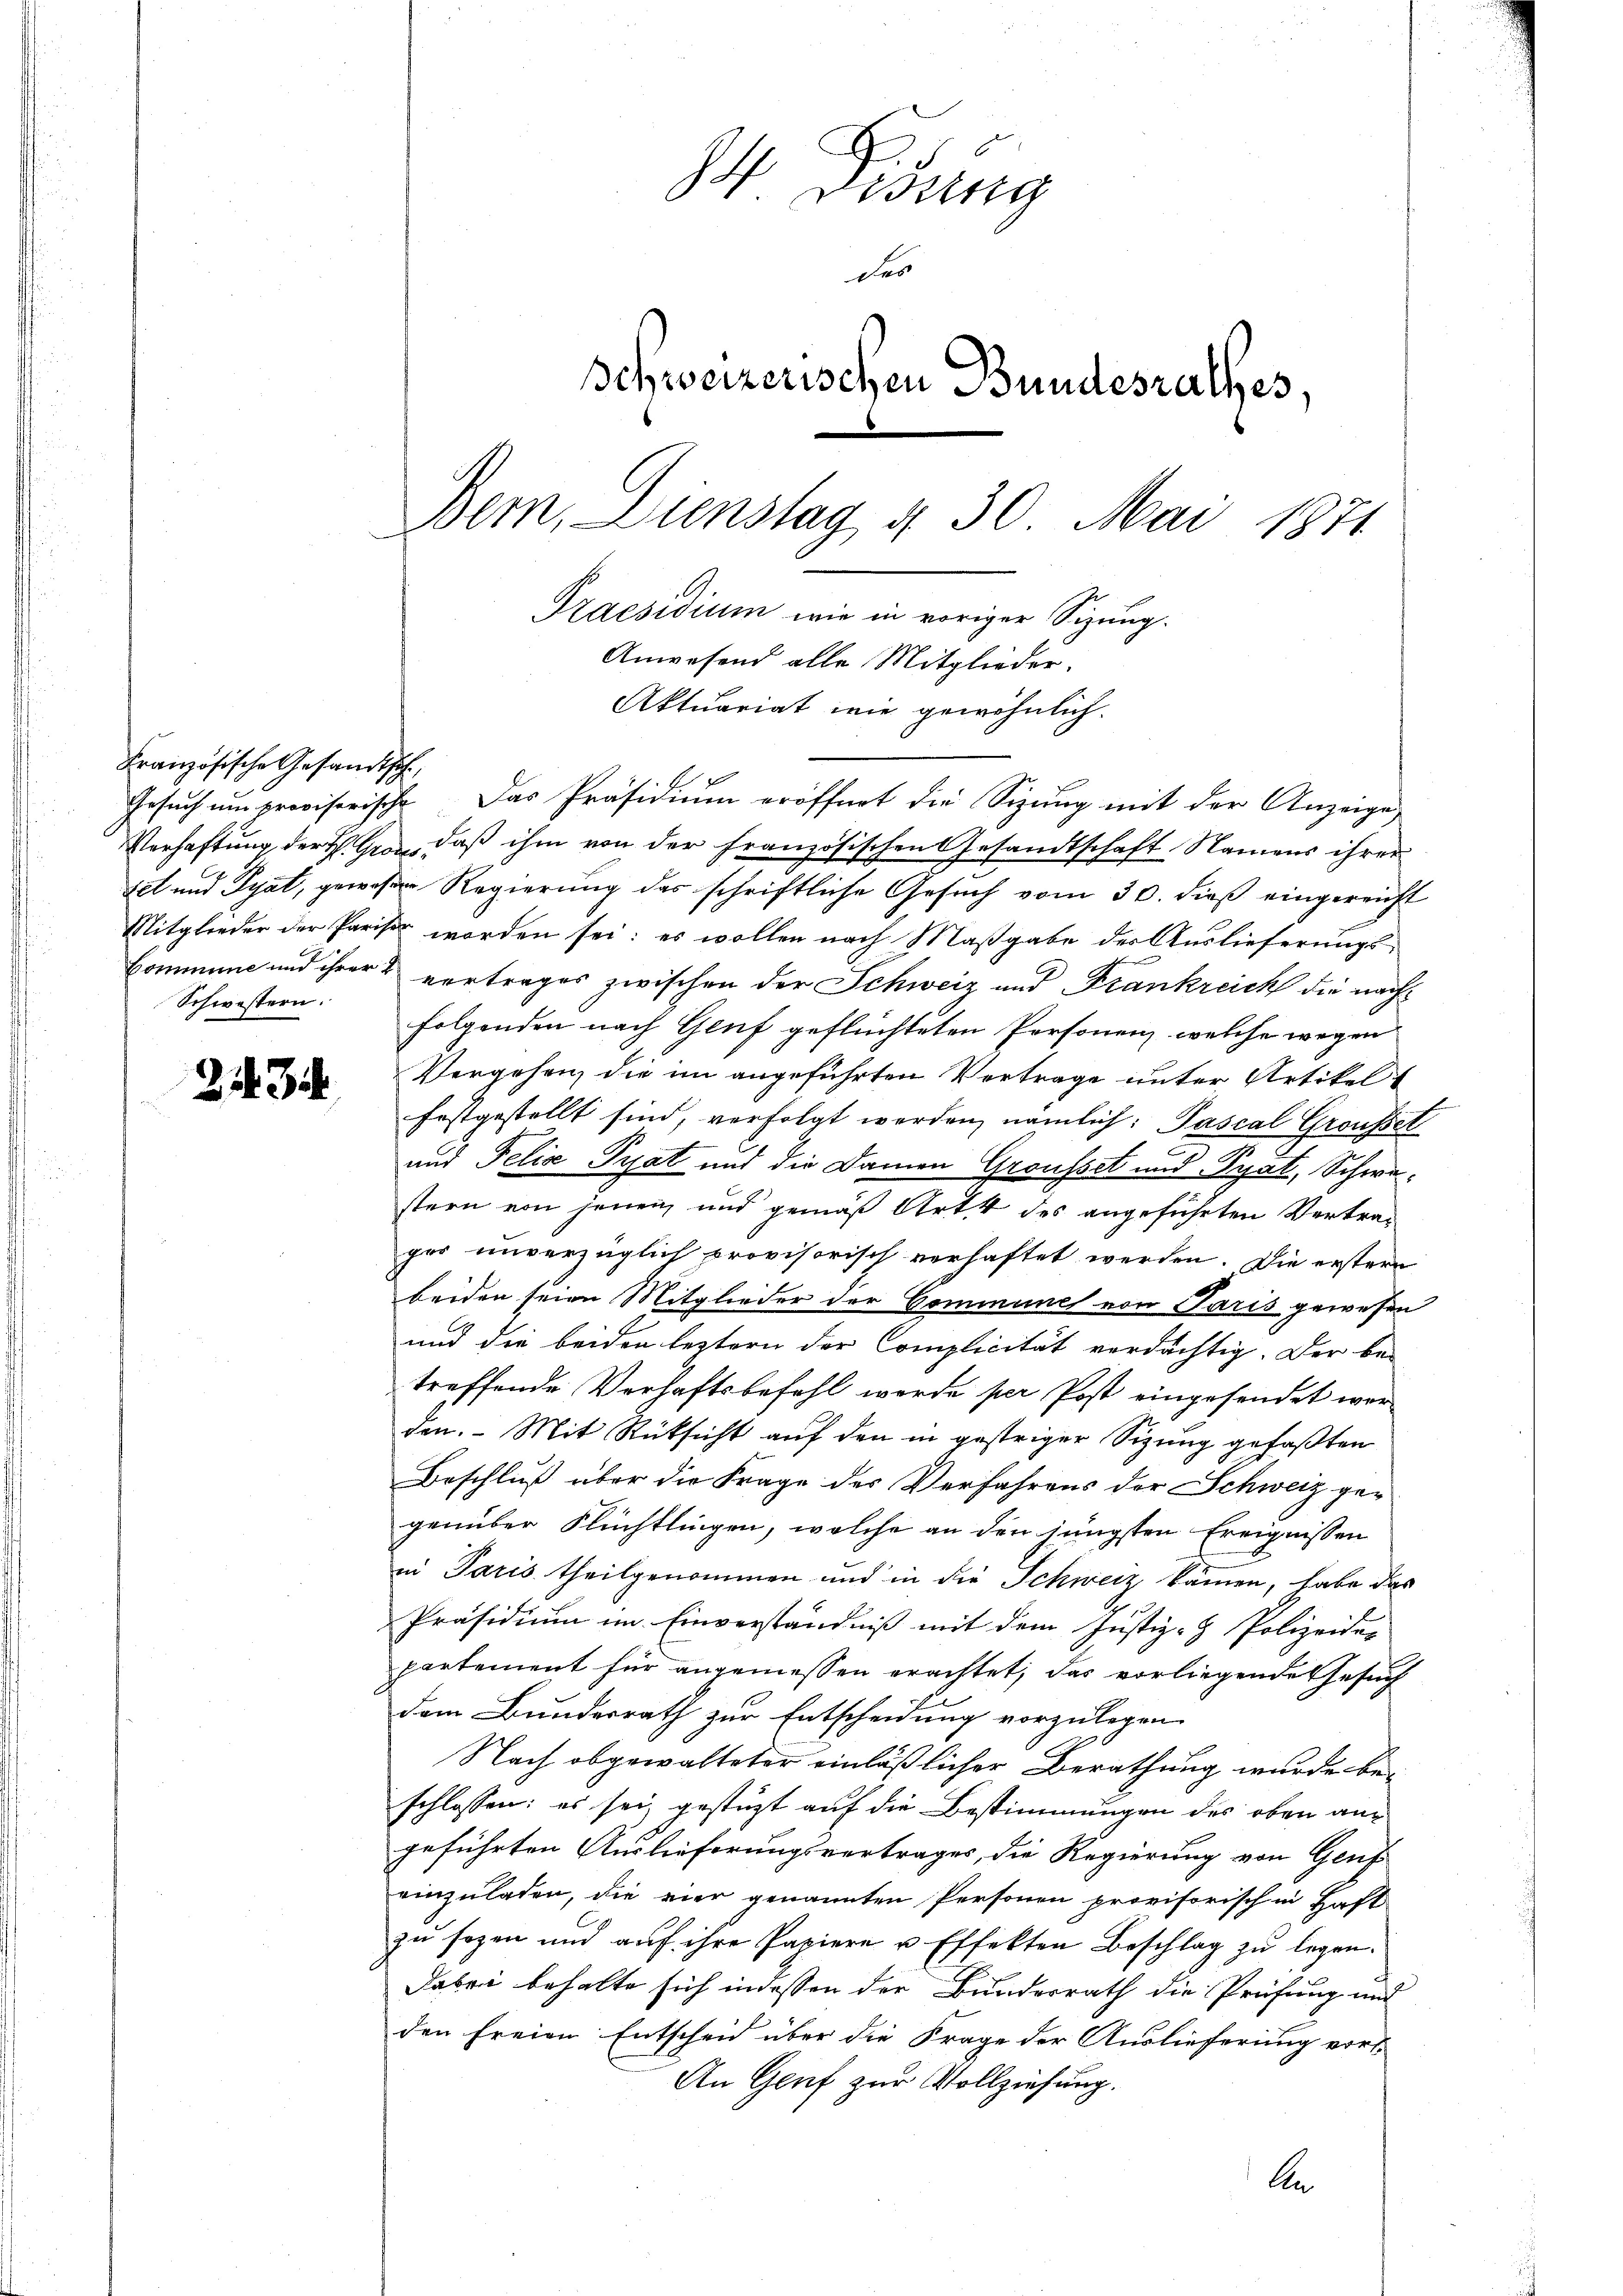
Französische Gesandtsch
Gesuch um provisorische
Schwestern.

243

u
s
o. V. Dessing
des
Schweizerischen Bundesrathes,
Bem, Dienstag g 30 Mai 1871
Praesidium wie in voriger Sizung.
Anwesend alle Mitglieder.
Aktuariat wie gewöhnlich.

Das Präsidium eröffnet die Sizung mit der Anzeige,
Verhaftung der Gre, daß ihm von der Französischen Gesandtschaft Namens ihrer
tel und Pyat, gewesen Regierung des schriftliche Gesuch vom 30. dieß eingereicht
Mitglieder der Pariser worden sei; es wollen nach Maβgabe der Auslieferŭngs-
Commune und ihrer & vertrages zwischen der Schweiz und Frankreich die nachfolgenden nach Genf geflüchteten Personenz, welche wegen
Vergehen, die im angeführten Vertrage unter Artikel
festgestellt sind, verfolgt werden, nämlich: Pascal Groussel
und Felix Pyat und die Damen Grousset und Pyat, Schwestern von jenen und gemäß Art 4 des angeführten Vertrager unverzüglich provisorisch verhaftet werden. Die erstern
beiden seien Mitglieder der Cominime von Paris gewesen
und die beiden leztern der Complicität verdächtig. Der be-
treffende Verhaftsbefehl werde per Post eingesendet werden. Mit Rücksicht auf den in gestriger Sizung gefaßten
Beschluß über die Frage der Verfahrens der Schweiz gegenüber Flüchtlingen, welche an den jüngsten Ereignissen
in Paris theilgenommen und in die Schweiz kämen, habe das
Präsidium im Einverständniß mit dem Justiz- & Polizeider
partement für angemessen erachtet, das vorliegende Gesuch
dem Bundesrath zur Entscheidung vorzulegen
Nach obgewalteter einläßlicher Berathung wurde beschlossen: es sei, gestützt auf die Bestimmungen des oben angeführten Auslieferungsvertrages, die Regierung von Genf
einzuladen, die vier genannten Personen provisorisch in Haft
zu sogen und aŭf ihre Papiere u Effekten Beschlag zu legen.
Dabei behalte sich indessen der Bunderrath die Prüfung und
den freien Entscheid über die Frage der Auslieferung vor-
An Genf zur Vollziehung.
An